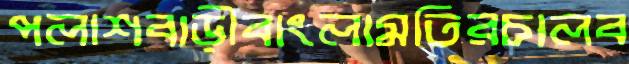
পলাশবাড়ীবাংলামতিরচালব